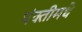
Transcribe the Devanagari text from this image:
पंक्तीमधे